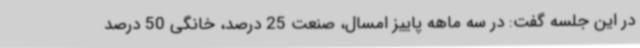
در این جلسه گفت: در سه ماهه پاییز امسال، صنعت 25 درصد، خانگی 50 درصد